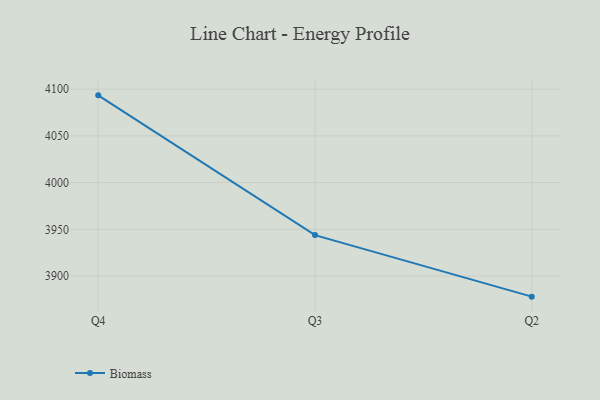
{"axis": {"x": "Quarter", "y": "Revenue (USD Million)"}, "legend": ["Biomass"], "data": [{"x": "Q4", "y": 4093.4, "type": "Biomass"}, {"x": "Q3", "y": 3943.8, "type": "Biomass"}, {"x": "Q2", "y": 3877.9, "type": "Biomass"}]}